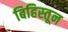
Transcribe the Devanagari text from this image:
बिहिस्तून